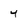
Character: 4